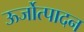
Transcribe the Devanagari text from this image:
ऊर्जोत्पादन